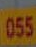
055